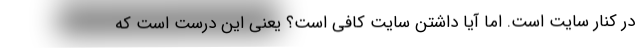
در کنار سایت است. اما آیا داشتن سایت کافی است؟ یعنی این درست است که